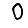
Digit: 0